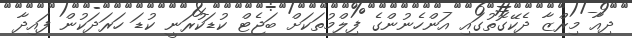
ދިއާ މިރްޒާ ދެކޭގޮތުގައި އަންހެނުންގެ ފިލްމުތަކަށް ބަޖެޓް ކުޑަކުރަނީ ކުޑަ ހަރަދަކުން ފައިދާ